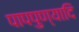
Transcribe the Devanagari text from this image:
पापपुण्यादि